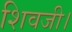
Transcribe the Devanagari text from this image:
शिवजी।